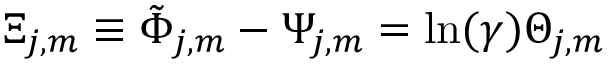
\Xi _ { j , m } \equiv \tilde { \Phi } _ { j , m } - \Psi _ { j , m } = \ln ( \gamma ) \Theta _ { j , m }